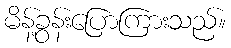
မိန့်ခွန်းပြောကြားသည်။